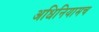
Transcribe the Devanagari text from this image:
अधिनियामच